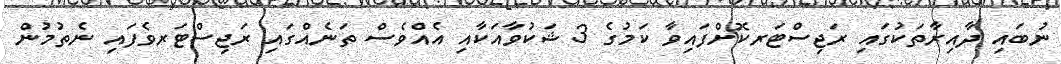
ނުބައި ދާއިރާތަކުގައި ރަޖިސްޓަރކޮށްފައިވާ ކަމުގެ 3 ޝަކުވާއަކާއި އެއްވެސް ތަނެއްގައި ރަޖިސްޓަރވެފައި ނެތުމުން